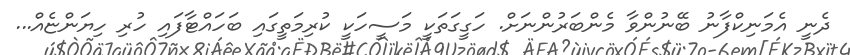
ދެނީ އެމަނިކްފާނު ބޭނުންވާ މެންބަރުންނަށް. ހަގީގަތަކީ މަސީހަކީ ކުރިމަތީގައި ބަހައްޓާފައި ހުރި ހިޔަންޏެއް...